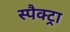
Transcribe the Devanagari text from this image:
स्पैक्ट्रा